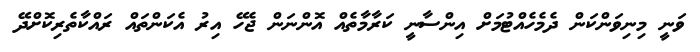
ވަނީ މިނިވަންކަން ދެމެހެއްޓުމަށް އިންސާނީ ކަރާމާތެއް އޮންނަން ޖެހޭ އިރު އެކަންތައް ރައްކާތެރިކޮށްދޭ